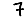
Digit: 7